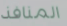
المنافذ